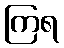
ကြရ